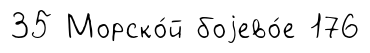
35 Морско́й боjево́е 176